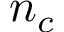
n _ { c }